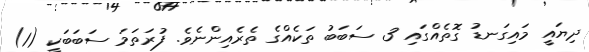
ދިޔައީ މައިގަނޑު ގޮތެއްގައި 3 ސަބަބު ތަކެއްގެ ތެރެއިންނެވެ. ފުރަތަމަ ސަބަބަކީ (1)